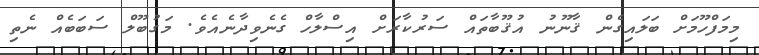
މިމަފްހޫމަށް ބަލައިގެން ޤާނޫނު އުޤޫބާތައް ސަރުކާރަށް އިސްލާހް ގެނެވިދާނެއެވެ. މަގުބޫލް ސަބަބެއް ނެތި